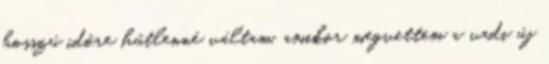
hosszú időre hűtlenné váltam, amikor megvettem a vadi új